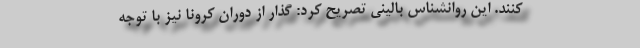
کنند. این روانشناس بالینی تصریح کرد: گذار از دوران کرونا نیز با توجه